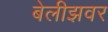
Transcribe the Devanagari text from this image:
बेलीझवर